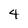
Character: 4